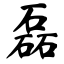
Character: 磊